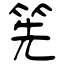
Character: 筅